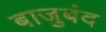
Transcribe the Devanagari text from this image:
बाजुबंद